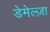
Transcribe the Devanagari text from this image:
डेमेल्ज़ा